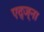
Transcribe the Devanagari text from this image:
एद्ज्ना